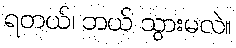
ရတယ်၊ ဘယ် သွားမလဲ။